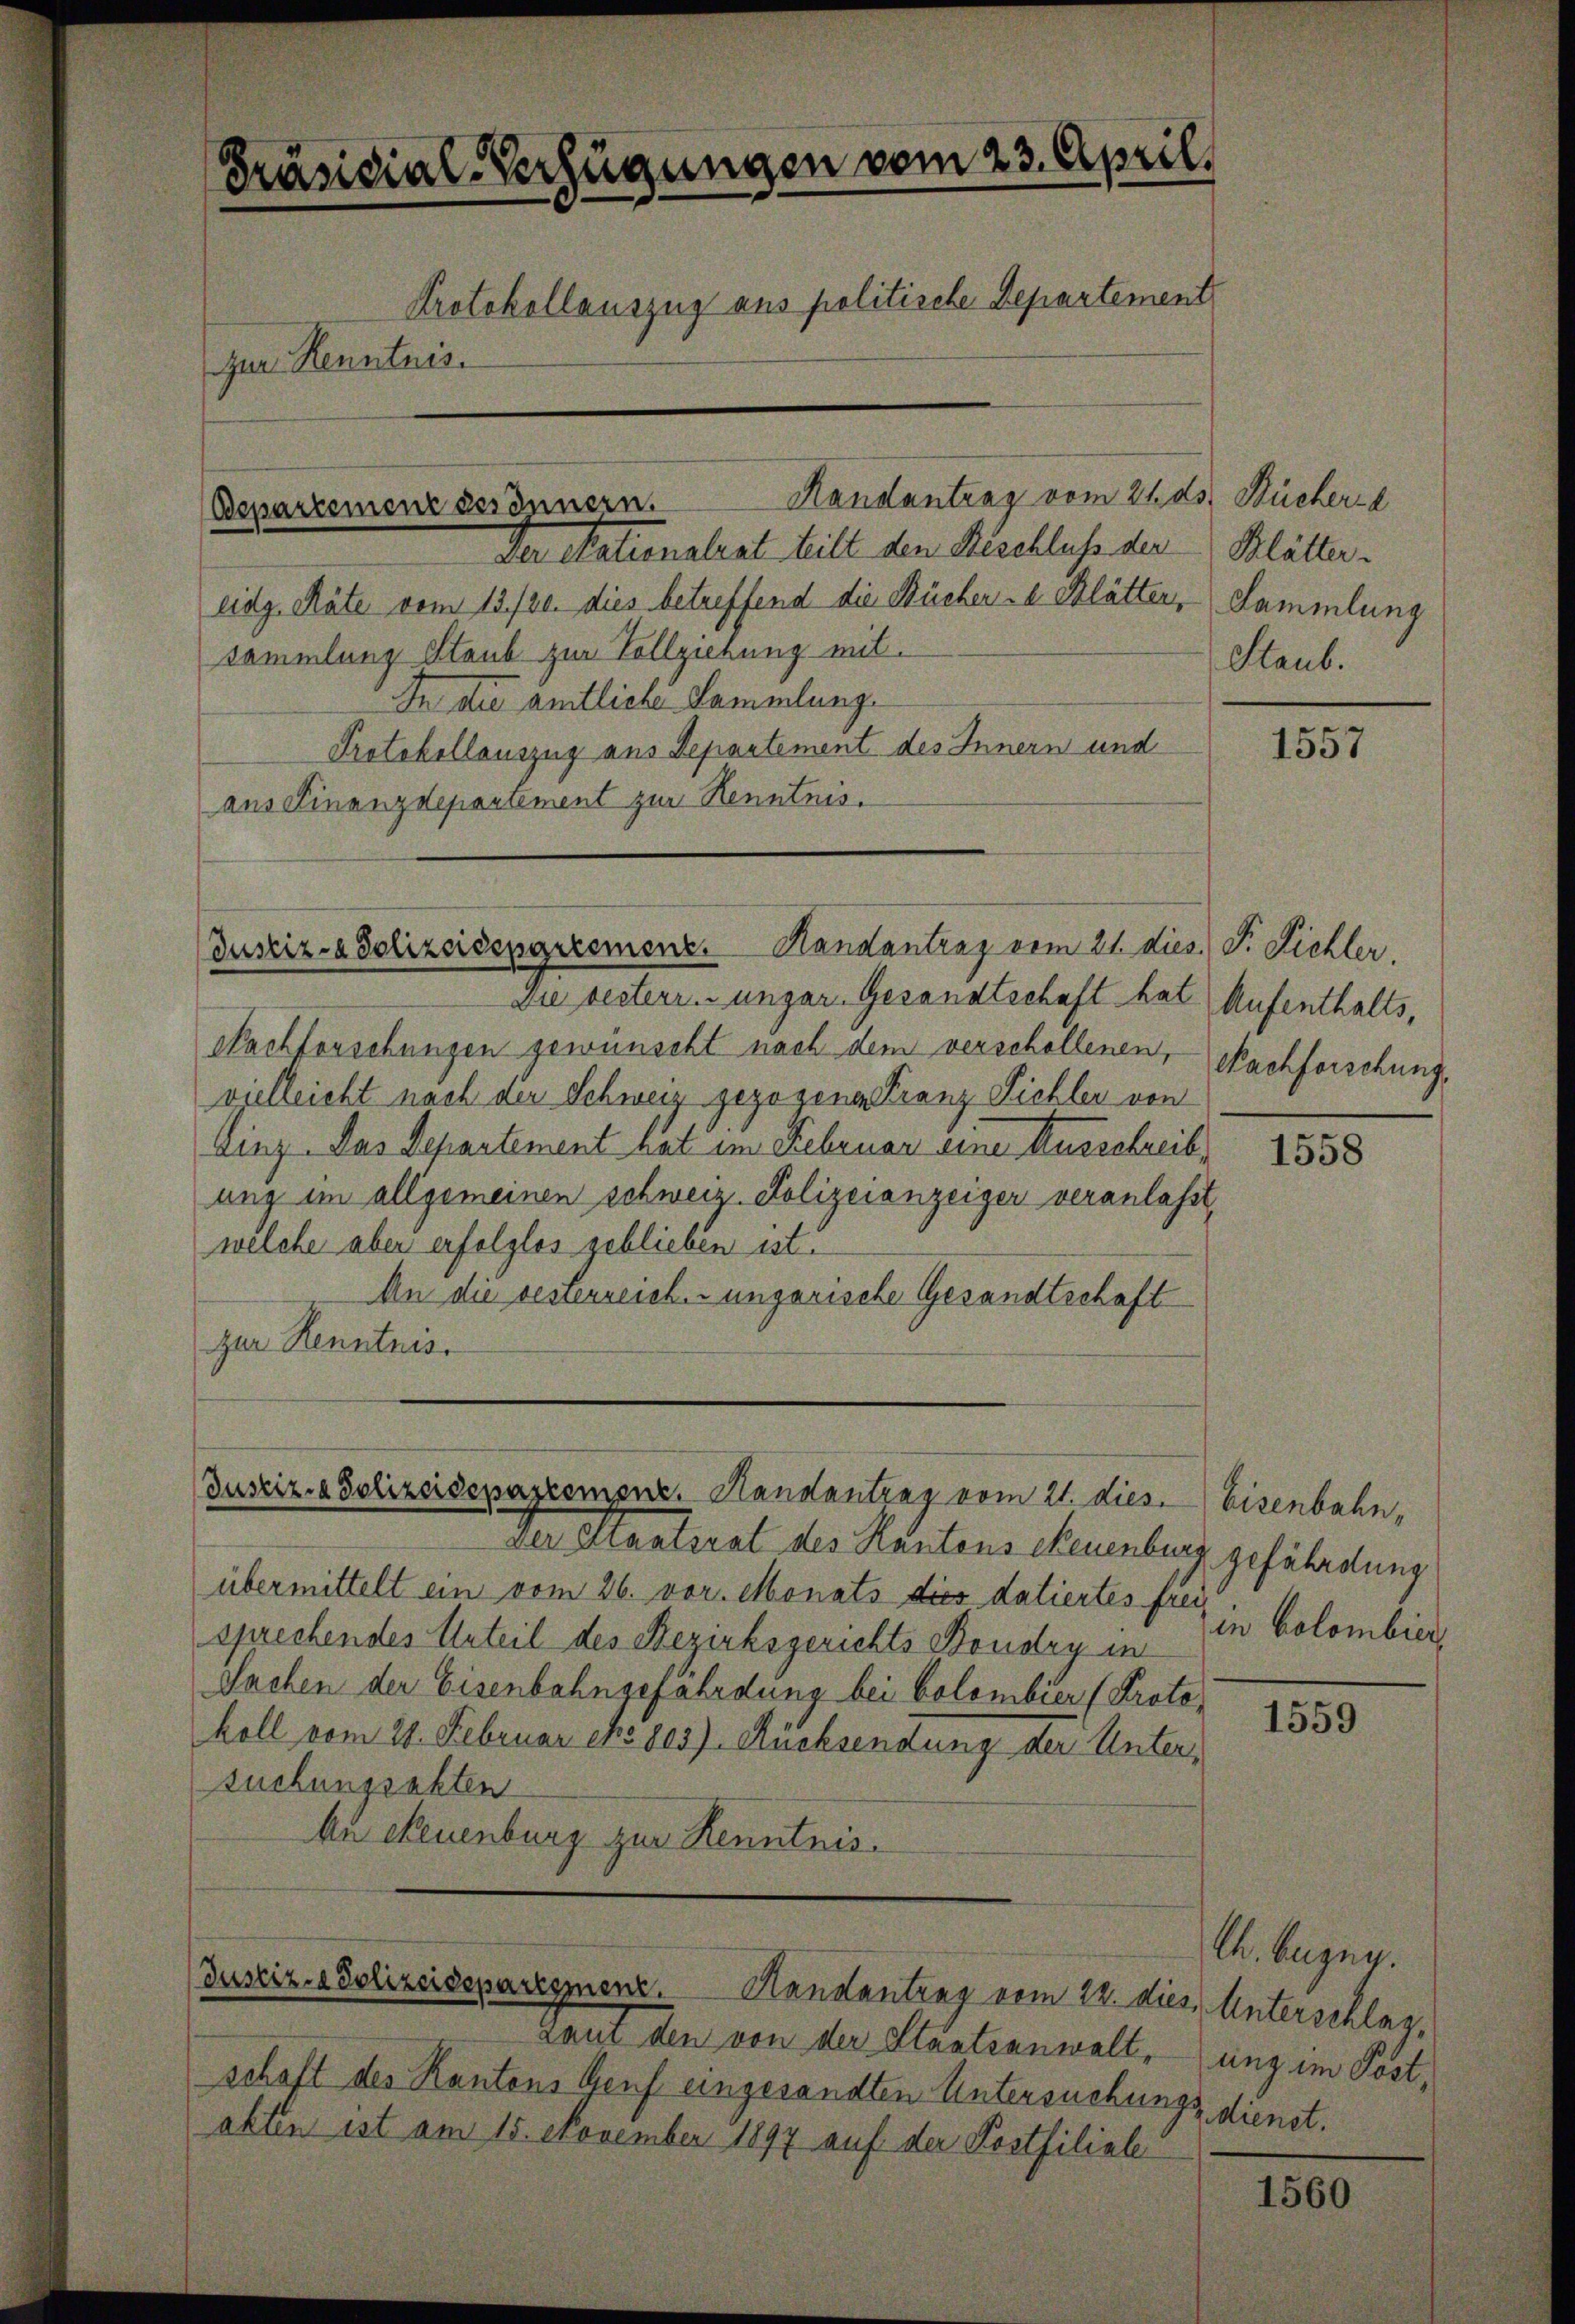
Präsidial-Verfügungen vom 23. April,
Protokollauszug aus politische Departement
zur Kenntnis.
Randantrag vom 24. ds. Bücher
Departement des Innern.

Der Nationalrat heilt den Beschluss der Blätter.
eidg. Räte vom 13./20. dies betreffend die Bücher - Blätter, Sammlung
Sammlung Staub zur Vollziehung mit¬
In die amtliche Sammlung.
Protokollauszug aus Departement des Innern und
aus Finanzdepartement zur Kenntnis.

Die resterr. ungar. Gesandtschaft hat Aufenthalts,
Nachforschungen gewünscht nach dem verschollenen,
vielleicht nach der Schweiz gezogene Franz Sichler von
Linz. Das Departement rat im Februar eine Ausschreib
ung im allgemeinen schweiz. Polizeianzeiger veranlasst,
welche aber erfolglos geblieben ist.
An die besterreich. ungarische Gesandtschaft
zur Kenntnis.

Justiz- & Polizeidepgreement. Handantrag vom 21. dies. F. Pichler.

Justiz- & Polizeidepartement. Handantrag vom 21. dies

(Justiz- & Polizeidepartemenz. Handantrag vom 22. dies Unterschlag.

Laui den von der Staatsanwaltschaft des Kantons Genf eingesandten Untersuchungs dienst.
akten ist am 15. November 1897 auf der Postfiliale

Staub.

Der Staatsrat des Kantons Neuenburg gefährdung
übermittelt ein vom 26. vor. Monats dies datiertes freisprechendes Urteil des Bezirksgerichts Bonder in
Sachen der Eisenbahngefährdung bei Colombier (Protokoll vom 28. Februar es 805). Rücksendung der Untersuchungsakten
Au Neuenburg zur Kenntnis.

1557

Nachforschung

1558

Eisenbahn,
in Colombier

1559

Ch. Bezug.
ung im Post¬

1560